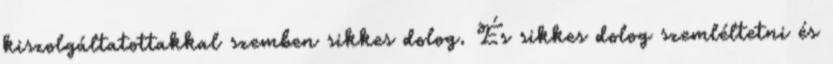
kiszolgáltatottakkal szemben sikkes dolog. És sikkes dolog szemléltetni és